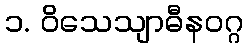
၁. ဝိသေသျာဓီနဝဂ္ဂ